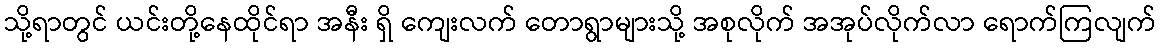
သို့ရာတွင် ယင်းတို့နေထိုင်ရာ အနီး ရှိ ကျေးလက် တောရွာများသို့ အစုလိုက် အအုပ်လိုက်လာ ရောက်ကြလျက်